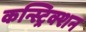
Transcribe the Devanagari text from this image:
कन्स्ट्रिक्शन